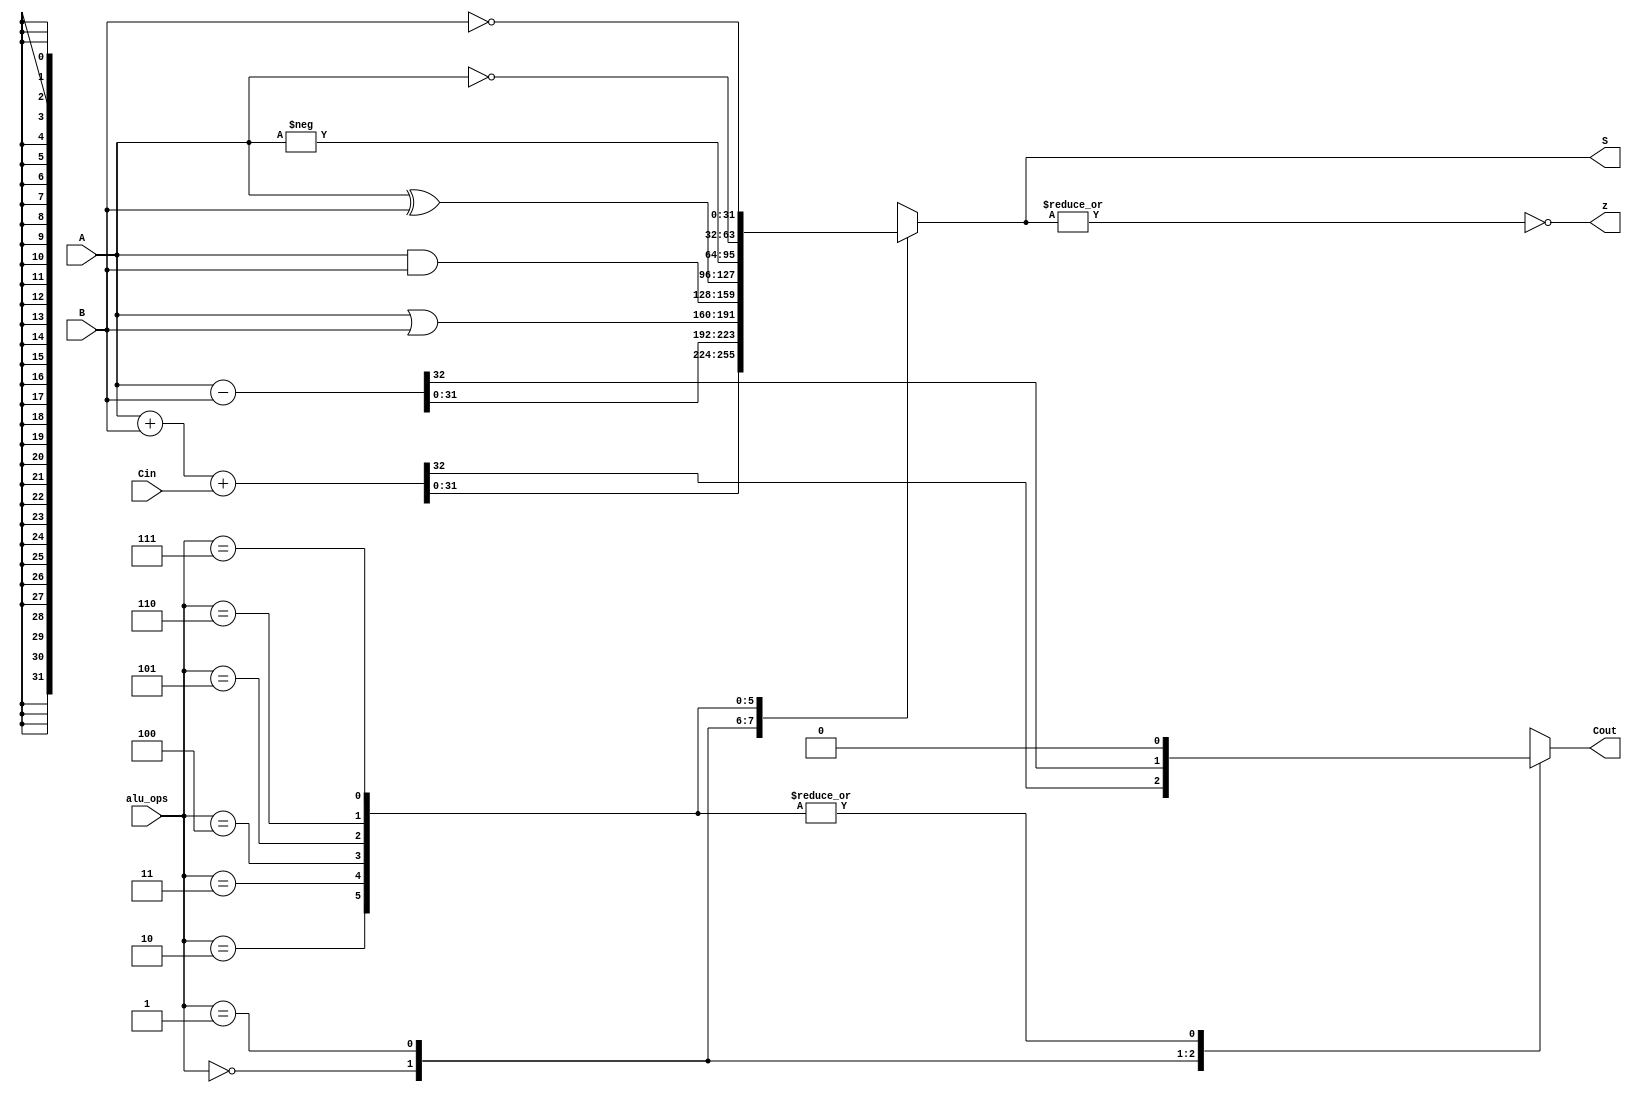
`timescale 1ns / 1ps
//////////////////////////////////////////////////////////////////////////////////
// Company: 
// Engineer: 
// 
// Design Name: 
// Module Name: alu
// Project Name: 
// Target Devices: 
// Tool Versions: 
// Description: 
// 
// Dependencies: 
// 
// Revision:
// Revision 0.01 - File Created
// Additional Comments:
// 
//////////////////////////////////////////////////////////////////////////////////


module alu(
	output reg [31:0] S,
	output z,
	output reg Cout,
	input [31:0] A,
	input [31:0] B,
	input Cin,
	input [2:0] alu_ops
	);

    assign z=~|S;
    
    always @(A or B or Cin or alu_ops) begin
        case (alu_ops)
            3'b000: {Cout,S} = A+B+Cin;
            3'b001: {Cout,S} = A-B;
            3'b010: begin S=A|B; Cout=0; end
            3'b011: begin S=A&B; Cout=0; end
            3'b100: begin S=A^B; Cout=0; end
            3'b101: begin S=-A; Cout=0; end
            3'b110: begin S=~A; Cout=0; end
            3'b111: begin S=~B; Cout=0; end
        endcase
    end

endmodule